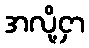
အလို့ငှာ